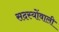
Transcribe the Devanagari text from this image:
सदस्योंवाली